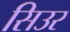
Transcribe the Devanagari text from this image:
सिउर